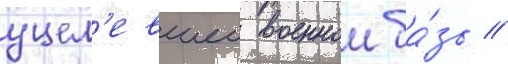
уцел'евшеи военнои ба́зы //